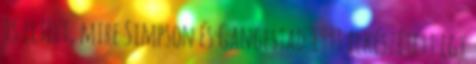
is eltelt, mire Simpson és Gangestad 1991 elkészített egy